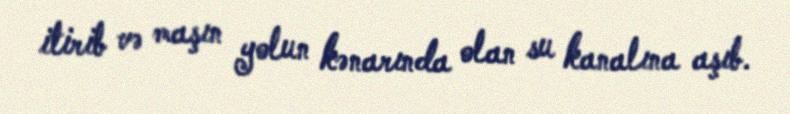
itirib və maşın yolun kənarında olan su kanalına aşıb.